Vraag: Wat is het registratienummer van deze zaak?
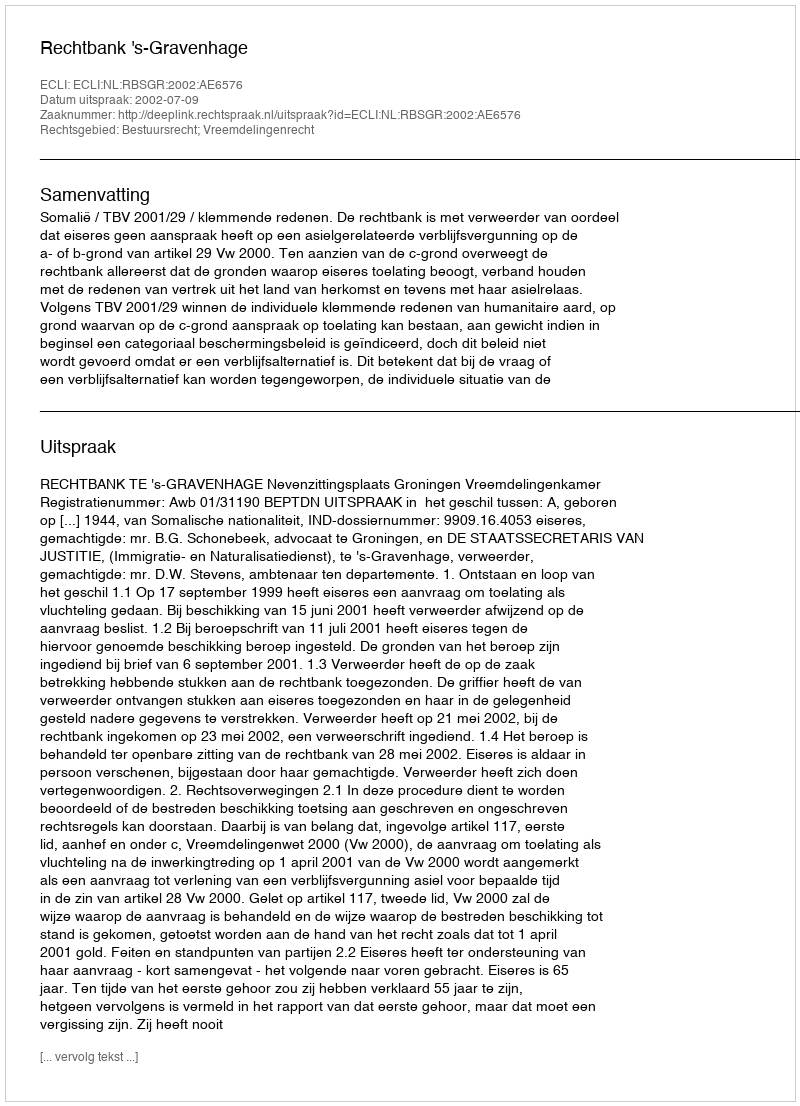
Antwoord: http://deeplink.rechtspraak.nl/uitspraak?id=ECLI:NL:RBSGR:2002:AE6576